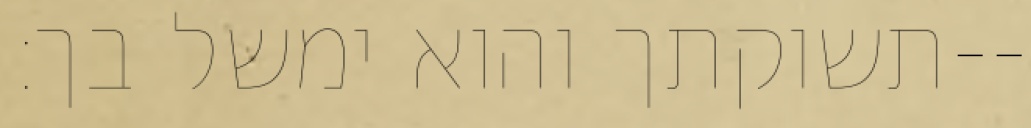
תשוקתך והוא ימשל בך׃--